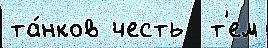
та́нков честь  т'ем